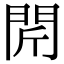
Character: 𨳜